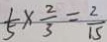
\frac { 1 } { 5 } \times \frac { 2 } { 3 } = \frac { 2 } { 1 5 }